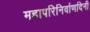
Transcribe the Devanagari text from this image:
महापरिनिर्वाणदिनी